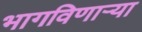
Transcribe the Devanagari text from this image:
भागविणाऱ्या